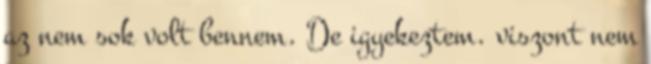
az nem sok volt bennem. De igyekeztem. viszont nem